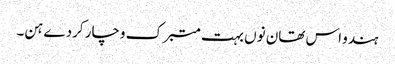
ہندو اس تھان نوں بہت متبرک وچار کردے ہن۔